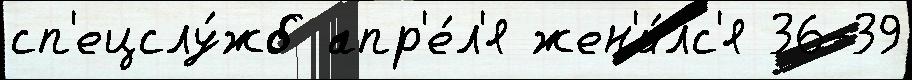
сп'ецслу́жб апр'е́л'я жен'и́лс'я 36-39